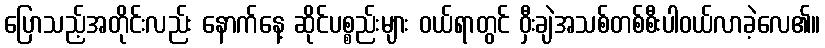
ပြောသည့်အတိုင်းလည်း နောက်နေ့ ဆိုင်ပစ္စည်းများ ဝယ်ရာတွင် ဝှီးချဲအသစ်တစ်စီးပါဝယ်လာခဲ့လေ၏။